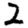
Digit: 2